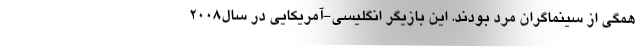
همگی از سینماگران مرد بودند. این بازیگر انگلیسی-آمریکایی در سال۲۰۰۸